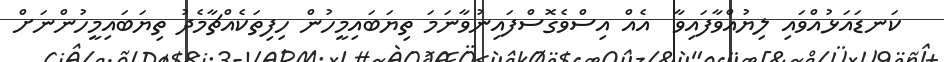
ކަނޑައަޅުއްވައި ލިޔުއްވާފައިވާ  އެއް އިސްވެގޮސްފައިނުވާނަމަ ތިޔަބައިމީހުން ހިފިތަކެއްޗާމެދު ތިޔަބައިމީހުންނަށް